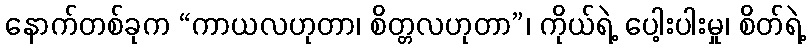
နောက်တစ်ခုက “ကာယလဟုတာ၊ စိတ္တလဟုတာ”၊ ကိုယ်ရဲ့ ပေါ့းပါးမှု၊ စိတ်ရဲ့